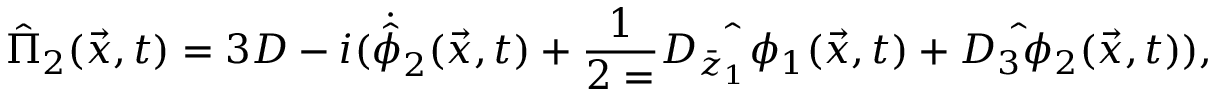
{ \hat { \Pi } } _ { 2 } ( \vec { x } , t ) = 3 D - i ( { \dot { \hat { \phi } } } _ { 2 } ( \vec { x } , t ) + \frac { 1 } { 2 = } \hat { D _ { { \bar { z } } _ { 1 } } \phi _ { 1 } } ( \vec { x } , t ) + \hat { D _ { 3 } \phi _ { 2 } } ( \vec { x } , t ) ) ,